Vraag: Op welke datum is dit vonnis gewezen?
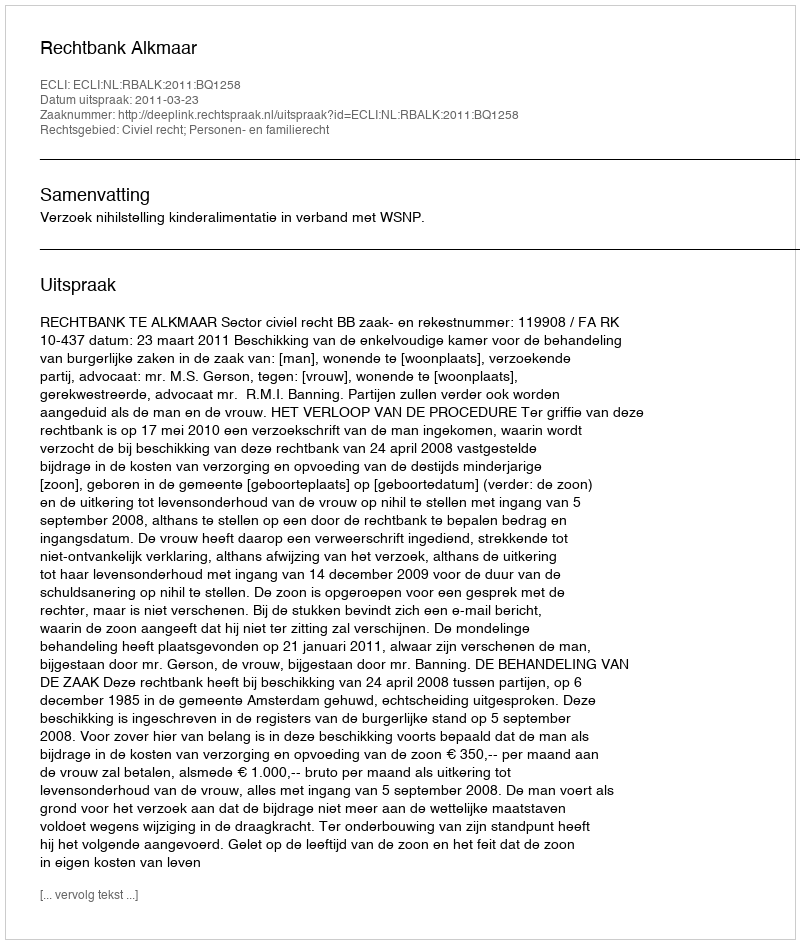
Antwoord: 2011-03-23